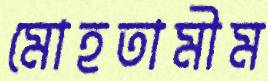
মোহতামীম